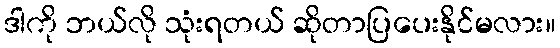
ဒါကို ဘယ်လို သုံးရတယ် ဆိုတာပြပေးနိုင်မလား။